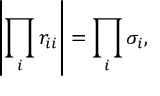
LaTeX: \left| \prod _ { i } r _ { i i } \right| = \prod _ { i } \sigma _ { i } ,